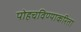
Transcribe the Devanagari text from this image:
पोहचविण्याकरिता